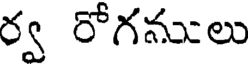
ర్వ రోగనులు